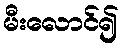
မီးလောင်၍